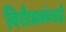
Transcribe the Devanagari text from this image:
विरोधकांनाही